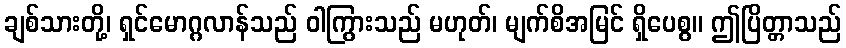
ချစ်သားတို့၊ ရှင်မောဂ္ဂလာန်သည် ဝါကြွားသည် မဟုတ်၊ မျက်စိအမြင် ရှိပေစွ။ ဤပြိတ္တာသည်